Civil Veterinary Dept. Bombay admin report 1914-1922 - 1914-1922
Year: 1914
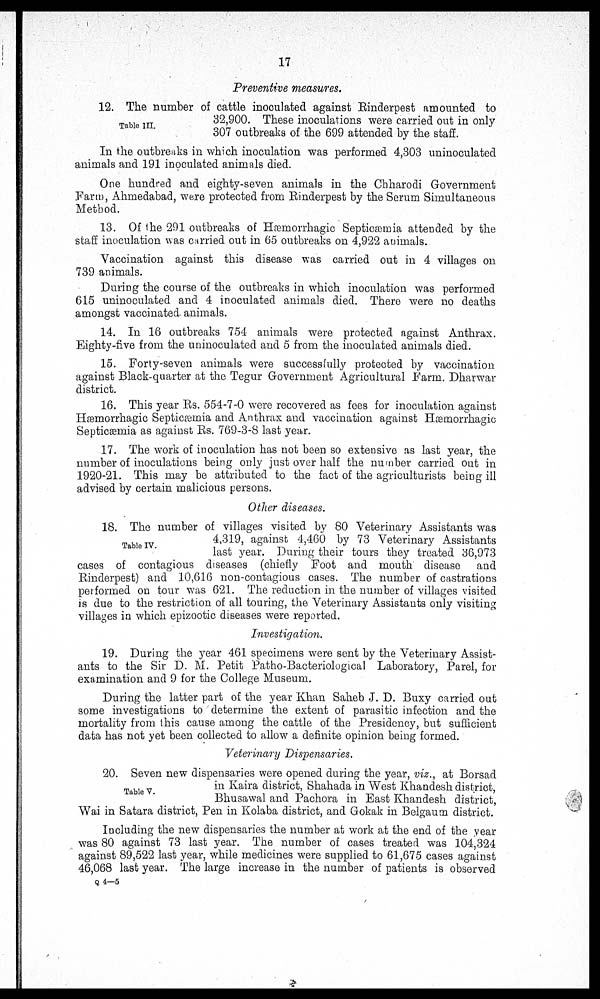
17
Preventive measures.
Table III.
12. The number of cattle inoculated against Rinderpest amounted to
32,900. These inoculations were carried out in only
307 outbreaks of the 699 attended by the staff.
In the outbreaks in which inoculation was performed 4,303 uninoculated
animals and 191 inoculated animals died.
One hundred and eighty-seven animals in the Chharodi Government
Farm, Ahmedabad, were protected from Rinderpest by the Serum Simultaneous
Method.
13. Of the 291 outbreaks of Hæmorrhagic Septicæmia attended by the
staff inoculation was carried out in 65 outbreaks on 4,922 animals.
Vaccination against this disease was carried out in 4 villages on
739 animals.
During the course of the outbreaks in which inoculation was performed
615 uninoculated and 4 inoculated animals died. There were no deaths
amongst vaccinated animals.
14. In 16 outbreaks 754 animals were protected against Anthrax.
Eighty-five from the uninoculated and 5 from the inoculated animals died.
15. Forty-seven animals were successfully protected by vaccination
against Black-quarter at the Tegur Government Agricultural Farm. Dharwar
district.
16. This year Rs. 554-7-0 were recovered as fees for inoculation against
Hæmorrhagic Septicæmia and Anthrax and vaccination against Hæmorrhagic Septicæmia
as against Rs. 769-3-8 last year.
17. The work of inoculation has not been so extensive as last year, the
number of inoculations being only just over half the number carried out in
1920-21. This may be attributed to the fact of the agriculturists being ill
advised by certain malicious persons.
Other diseases.
Table IV.
18. The number of villages visited by 80 Veterinary Assistants was
4,319, against 4,460 by 73 Veterinary Assistants
last year. During their tours they treated 36,973
cases of contagious diseases (chiefly Foot and mouth disease and
Rinderpest) and 10,616 non-contagious cases. The number of castrations
performed on tour was 621. The reduction in the number of villages visited
is due to the restriction of all touring, the Veterinary Assistants only visiting
villages in which epizootic diseases were reported.
Investigation.
19. During the year 461 specimens were sent by the Veterinary Assist-
ants to the Sir D. M. Petit Patho-Bacteriological Laboratory, Parel, for
examination and 9 for the College Museum.
During the latter part of the year Khan Saheb J. D. Buxy carried out
some investigations to determine the extent of parasitic infection and the
mortality from this cause among the cattle of the Presidency, but sufficient
data has not yet been collected to allow a definite opinion being formed.
Veterinary Dispensaries.
Table V.
20. Seven new dispensaries were opened during the year, viz., at Borsad
in Kaira district, Shahada in West Khandesh. district,
Bhusawal and Pachora in East Khandesh district,
Wai in Satara district, Pen in Kolaba district, and Gokak in Belgaum district.
Including the new dispensaries the number at work at the end of the year
was 80 against 73 last year. The number of cases treated was 104,324
against 89,522 last year, while medicines were supplied to 61,675 cases against
46,068 last year. The large increase in the number of patients is observed
Q 4 —5